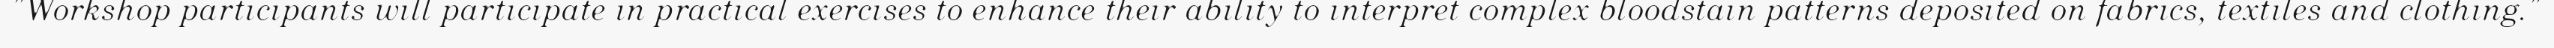
"Workshop participants will participate in practical exercises to enhance their ability to interpret complex bloodstain patterns deposited on fabrics, textiles and clothing."